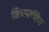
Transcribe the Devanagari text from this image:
निष्कलंकित